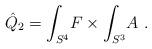
LaTeX: \begin{align*}\hat Q_2 = \int_{S^4}\! F\times \int_{S^3}\! A \ .\end{align*}